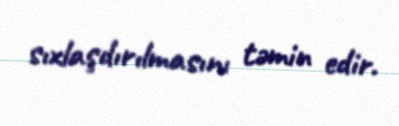
sıxlaşdırılmasını təmin edir.